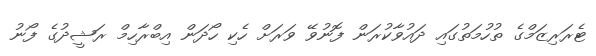
ޓެރަރިޒަމްގެ ތުހުމަތުގައި ދައުވާކުރަން ފޮނުވޭ ވަރަށް ހެކި ހޯދަން އިބްރާހިމް ރަޝީދުގެ ފޯނު